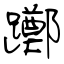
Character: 躑